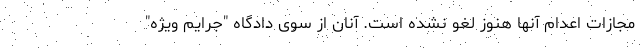
مجازات اعدام آنها هنوز لغو نشده است. آنان از سوی دادگاه "جرایم ویژه"